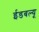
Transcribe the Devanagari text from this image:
ईडबल्यू